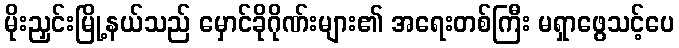
မိုးညှင်းမြို့နယ်သည် မှောင်ခိုဂိုဏ်းများ၏ အရေးတစ်ကြီး မရှာဖွေသင့်ပေ